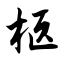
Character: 柩